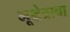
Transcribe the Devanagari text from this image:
भूक्षेत्राचा